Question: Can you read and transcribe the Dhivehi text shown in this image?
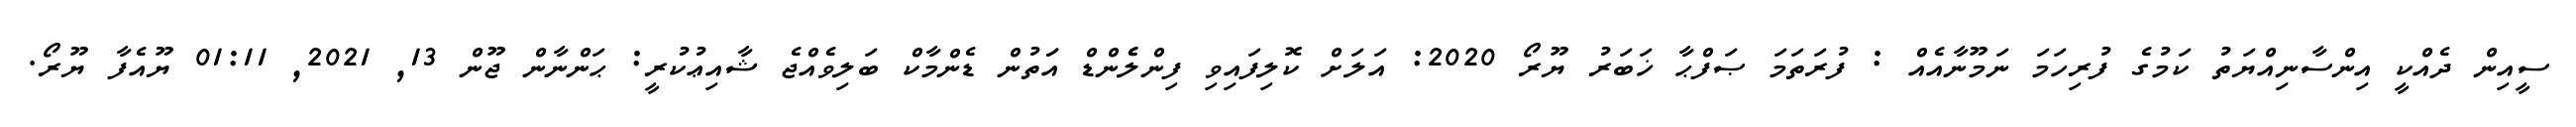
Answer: ސީއިން ދެއްކީ އިންސާނިއްޔަތު ކަމުގެ ފުރިހަމަ ނަމޫނާއެއް : ފުރަތަމަ ޞަފްޙާ ޚަބަރު ޔޫރޯ 2020: އަލަށް ކޮލިފައިވި ފިންލެެންޑް އަަތުން ޑެންމާކް ބަލިވެއްޖެ ޝާއިޢުކުރީ: ޙަންނާން ޖޫން 13, 2021, 01:11 ޔޫއެފާ ޔޫރޯ.